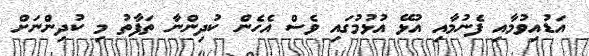
އަޑުއިވުމާއި ފެނުމާއި އުޅޭ އުޅުމުގައި ވެސް އެހެން ކުދިންނާ ތަފާތު މި ކުދިންނަށް